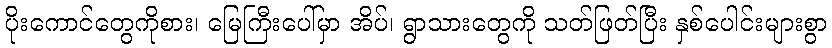
ပိုးကောင်တွေကိုစား၊ မြေကြီးပေါ်မှာ အိပ်၊ ရွာသားတွေကို သတ်ဖြတ်ပြီး နှစ်ပေါင်းများစွာ